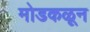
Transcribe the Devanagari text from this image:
मोडकळून